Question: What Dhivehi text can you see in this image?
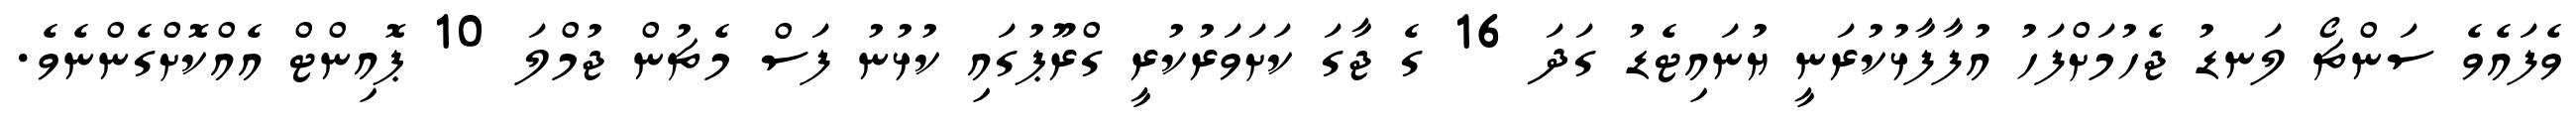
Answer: ވެފައެވެ ސަންޗޯ ލަނޑު ޖެހުމަށްފަހު އުފާފާޅުކުރަނީ ޔުނައިޓެޑު ގަދަ 16 ގެ ޖާގަ ކަށަވަރުކުރީ ގްރޫޕުގައި ކުޅުނު ފަސް މެޗުން ޖުމްލަ 10 ޕޮއިންޓް އެއްކޮށްގެންނެވެ.